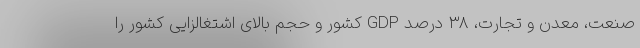
صنعت، معدن و تجارت، ۳۸ درصد GDP کشور و حجم بالای اشتغالزایی کشور را